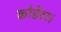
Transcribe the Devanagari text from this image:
कोर्डेटा।